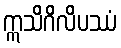
ဣသိဂိလိပဿံ